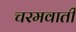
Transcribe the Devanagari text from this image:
चरमवाती